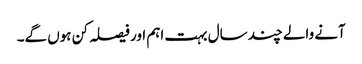
آنے والے چند سال بہت اہم اور فیصلہ کن ہوں گے۔